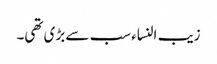
زیب النساء سب سے بڑی تھی۔